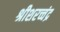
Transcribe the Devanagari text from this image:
श्रीशरच्चंद्र